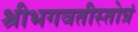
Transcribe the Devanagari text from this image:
श्रीभगवतीस्तोत्रं